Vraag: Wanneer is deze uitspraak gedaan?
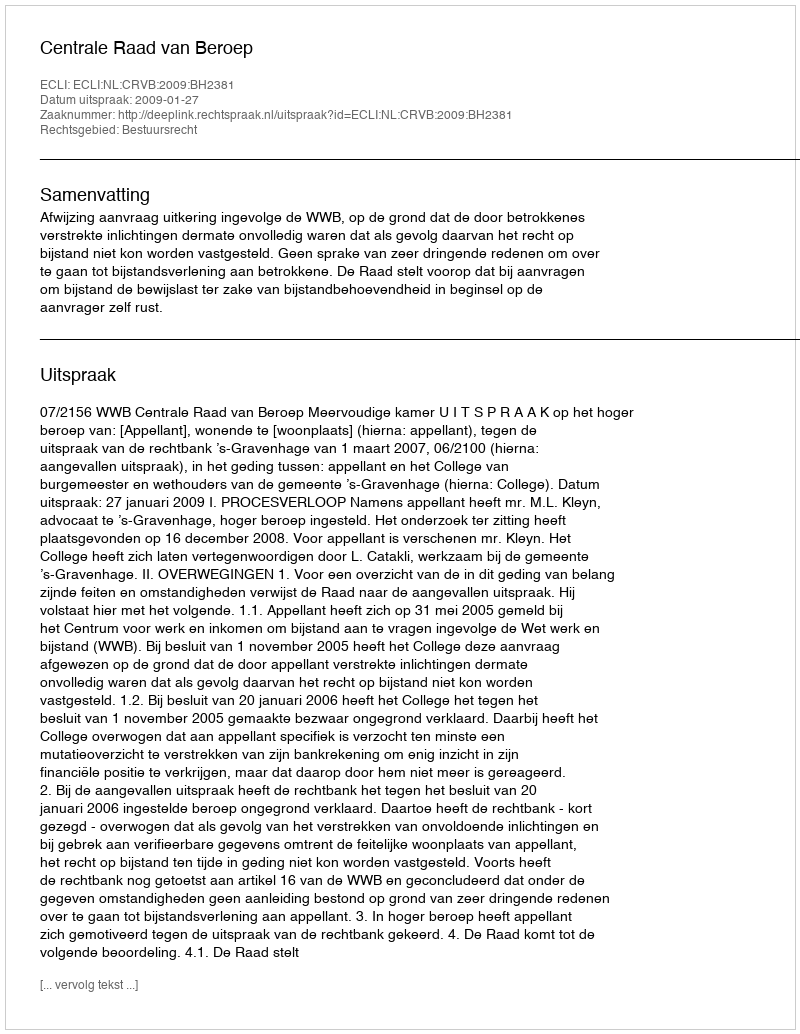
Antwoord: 2009-01-27